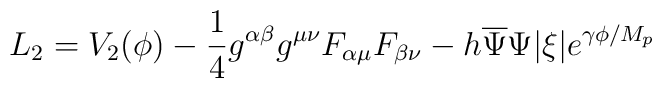
L_{2}=V_{2}(\phi)-\frac{1}{4}g^{\alpha\beta}g^{\mu\nu}F_{\alpha\mu}F_{\beta\nu}-h\overline{\Psi}\Psi|\xi | e^{\gamma\phi/M_{p}}